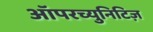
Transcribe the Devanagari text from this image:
ऑपरच्युनिटिज़